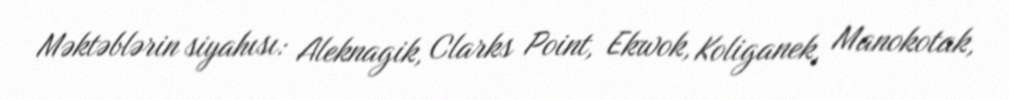
Məktəblərin siyahısı: Aleknagik, Clarks Point, Ekwok, Koliganek, Manokotak,